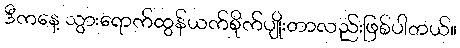
ဒီကနေ့ သွားရောက်ထွန်ယက်စိုက်ပျိုးတာလည်းဖြစ်ပါတယ်။